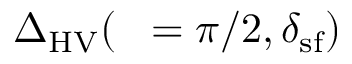
{ \Delta } _ { \mathrm { H V } } ( { \it \Delta \phi } = \pi / 2 , \delta _ { \mathrm { s f } } )